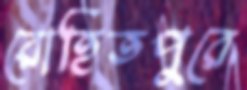
রোহিতপুরে